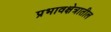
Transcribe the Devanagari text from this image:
प्रभावक्षेत्रातील